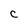
Character: C